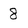
Character: 8